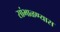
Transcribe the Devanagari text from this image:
सांभाळण्‍यास